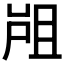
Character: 𡲂